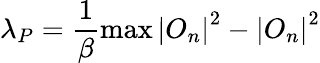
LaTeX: \lambda_{P}=\frac{1}{\beta}\operatorname*{max}\left|O_{n}\right|^{2}-\left|O_{n}\right|^{2}